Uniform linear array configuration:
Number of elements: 4
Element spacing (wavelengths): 1
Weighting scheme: blackman
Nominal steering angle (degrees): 30
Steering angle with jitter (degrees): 31.988
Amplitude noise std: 0.05
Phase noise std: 0.05

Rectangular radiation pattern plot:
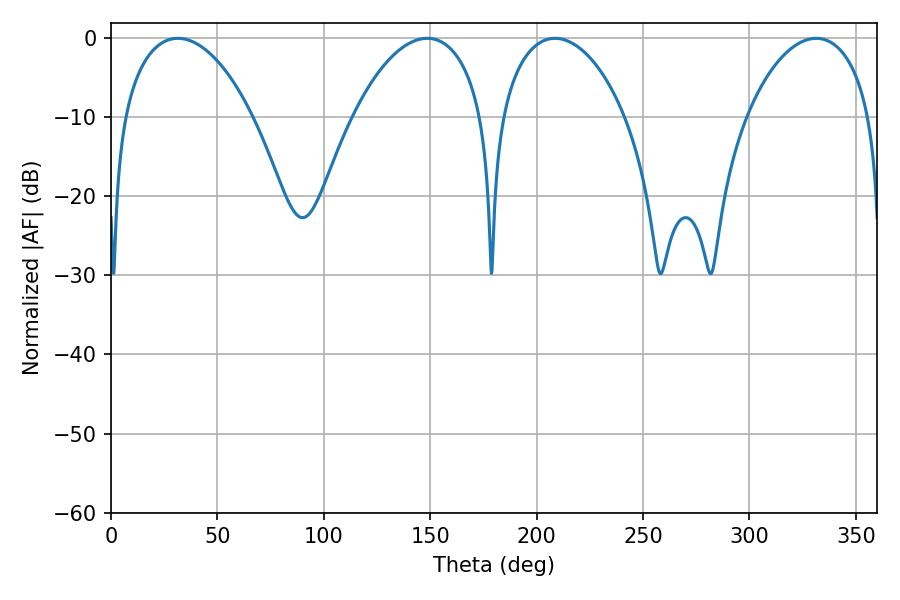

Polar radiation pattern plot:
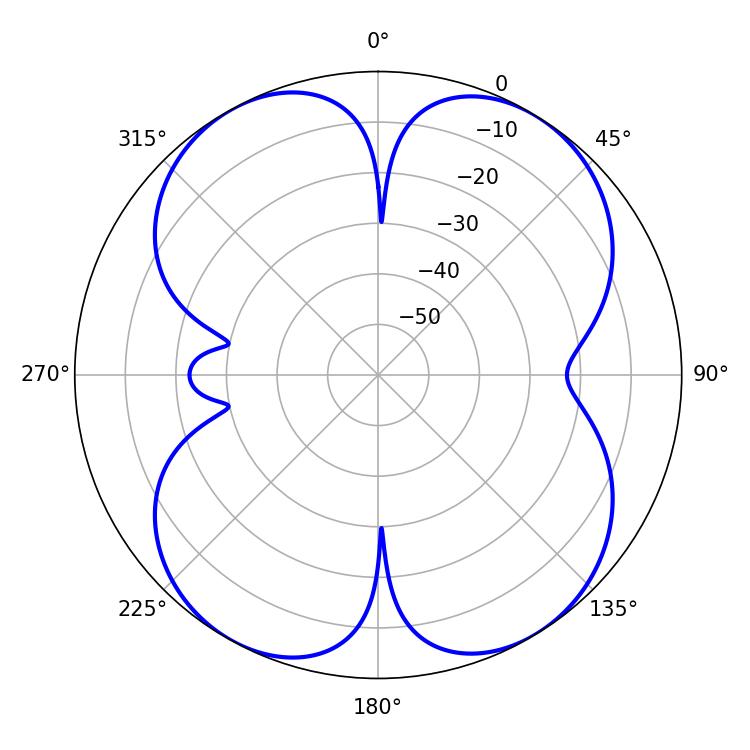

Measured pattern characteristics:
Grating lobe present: TRUE
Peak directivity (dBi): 13.586
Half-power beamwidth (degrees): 33.48
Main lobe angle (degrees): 208.62